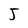
Character: J